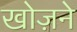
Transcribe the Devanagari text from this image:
खोज़ने